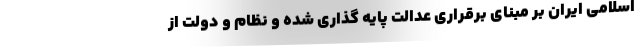
اسلامی ایران بر مبنای برقراری عدالت پایه گذاری شده و نظام و دولت از